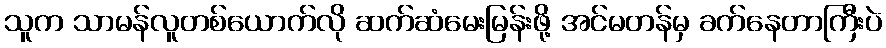
သူက သာမန်လူတစ်ယောက်လို ဆက်ဆံမေးမြန်းဖို့ အင်မတန်မှ ခက်နေတာကြီးပဲ